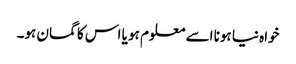
خواہ نیا ہونا اسے معلوم ہو یا اس کا گمان ہو۔